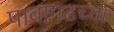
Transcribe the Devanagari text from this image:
पावागढच्या